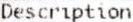
DESCRIPTION